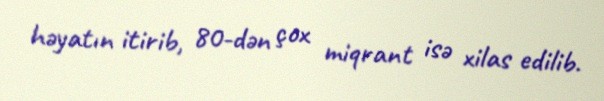
həyatın itirib, 80-dən çox miqrant isə xilas edilib.